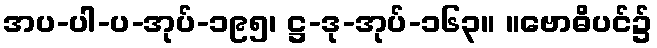
အပ-ပါ-ပ-အုပ်-၁၉၅၊ ဋ္ဌ-ဒု-အုပ်-၁၆၃။ ။ဗောဓိပင်၌